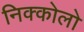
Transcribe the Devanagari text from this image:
निक्कोलो